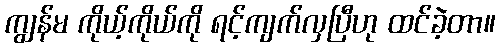
ကျွန်မ ကိုယ့်ကိုယ်ကို ရင့်ကျက်လှပြီဟု ထင်ခဲ့တာ။